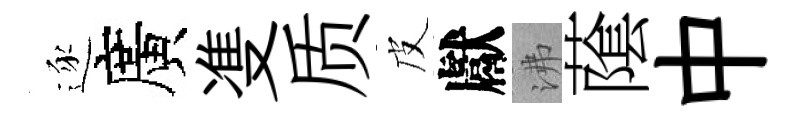
逐廣㕠质皮獻沸䕃中